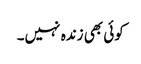
کوئی بھی زندہ نہیں۔